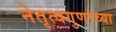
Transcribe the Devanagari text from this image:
नेतृत्वगुणांच्या